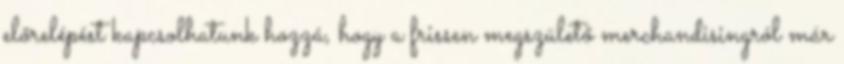
előrelépést kapcsolhatunk hozzá, hogy a frissen megszülető merchandisingról már